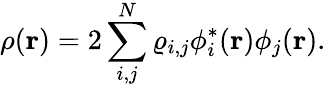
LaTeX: {\displaystyle\rho({\mathbf r})=2\sum_{i,j}^{N}\varrho_{i,j}\phi_{i}^{*}({\mathbf r})\phi_{j}({\mathbf r})}.